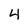
Character: 4